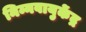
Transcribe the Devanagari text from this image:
निम्नवायुकेंद्र